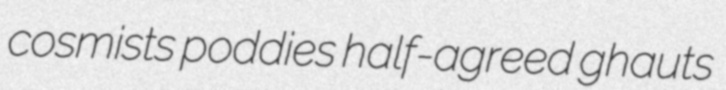
cosmists poddies half-agreed ghauts